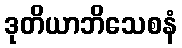
ဒုတိယာဘိသေစနံ